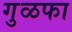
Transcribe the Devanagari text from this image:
गुळफा